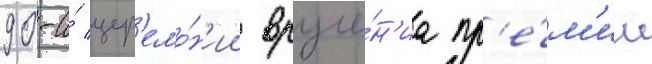
90-и́ цер'емо́н'ии вруче́н'иа пр'е́м'ии